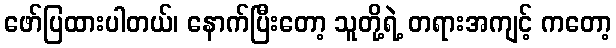
ဖော်ပြထားပါတယ်၊ နောက်ပြီးတော့ သူတို့ရဲ့ တရားအကျင့် ကတော့